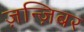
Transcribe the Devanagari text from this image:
ज़न्ज़िबर